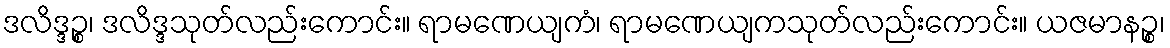
ဒလိဒ္ဒဉ္စ၊ ဒလိဒ္ဒသုတ်လည်းကောင်း။ ရာမဏေယျကံ၊ ရာမဏေယျကသုတ်လည်းကောင်း။ ယဇမာနဉ္စ၊